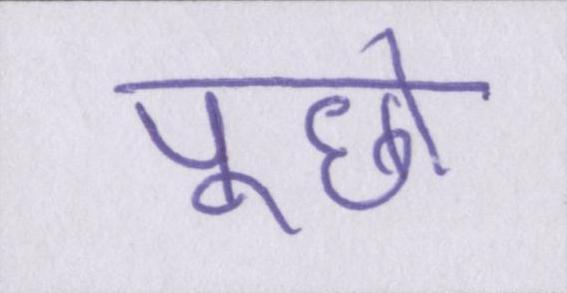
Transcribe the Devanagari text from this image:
पूछो